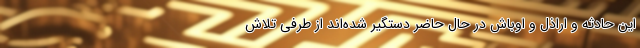
این حادثه و اراذل و اوباش در حال حاضر دستگیر شده‌اند از طرفی تلاش